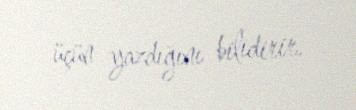
üçün yazdığını bilidirir.